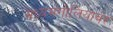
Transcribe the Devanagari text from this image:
मध्यमंगोलियावर